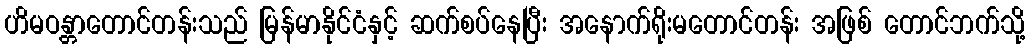
ဟိမဝန္တာတောင်တန်းသည် မြန်မာနိုင်ငံနှင့် ဆက်စပ်နေပြီး အနောက်ရိုးမတောင်တန်း အဖြစ် တောင်ဘက်သို့